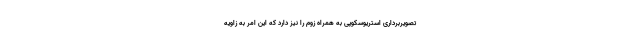
تصویربرداری استریوسکوپی به همراه زوم را نیز دارد که این امر به زاویه